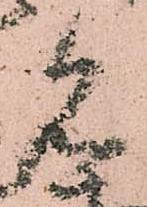
見